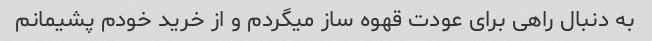
به دنبال راهی برای عودت قهوه ساز میگردم و از خرید خودم پشیمانم